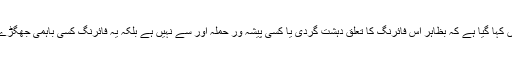
تاہم پولیس کی ٹویٹ میں کہا گیا ہے کہ بظاہر اس فائرنگ کا تعلق دہشت گردی یا کسی پیشہ ور حملہ آور سے نہیں ہے بلکہ یہ فائرنگ کسی باہمی جھگڑے کے نتیجے میں ہوئی۔